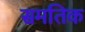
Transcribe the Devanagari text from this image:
समतिक